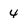
Character: 4